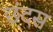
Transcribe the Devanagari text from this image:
छंदस